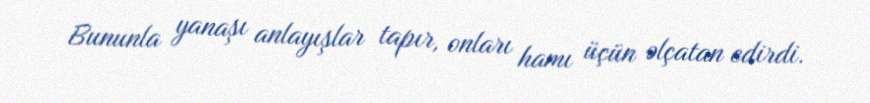
Bununla yanaşı anlayışlar tapır, onları hamı üçün əlçatan edirdi.